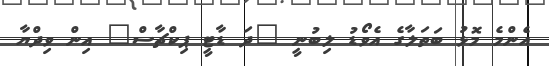
އެންމެ މޮޅު ބަތަލާގެ އެވޯޑު ލިބުނީ "ދަ ޑާޓީ ޕިކްޗާސް" އިން ވިދްޔާ